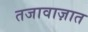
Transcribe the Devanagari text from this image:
तजावाज़ात